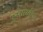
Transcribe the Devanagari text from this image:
पुरुषार्थ्युक्त